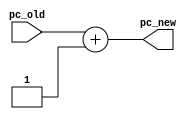
`timescale 1 ns / 1 ps

module adder (pc_old, pc_new);
	input [31:0] pc_old;
	wire [31:0] pc_old;
	output [31:0] pc_new;
	wire [31:0] pc_new;

	assign pc_new = pc_old + 1;
endmodule